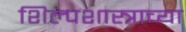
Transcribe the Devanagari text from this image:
शिल्पशास्त्राच्या